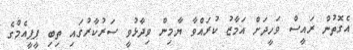
އެގޮތުން ރައީސް ވަހީދަށް އަމާޒު ކުރައްވާ ޔާމިން ވިދާޅުވީ ސަރުކާރުގައި ތިބި ޕީޕީއެމްގެ